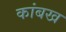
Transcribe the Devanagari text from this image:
कांबख